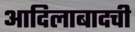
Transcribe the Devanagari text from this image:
आदिलाबादची